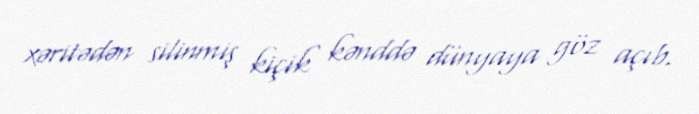
xəritədən silinmiş kiçik kənddə dünyaya göz açıb.